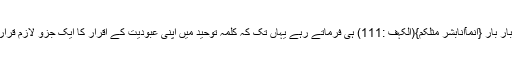
اور بار بار {اِنَّمَآاَنَابَشَرٌ مِّثْلُکُمْ}(الکہف :111) ہی فرماتے رہے یہاں تک کہ کلمہ توحید میں اپنی عبودیت کے اقرار کا ایک جزو لازم قرار دیا۔